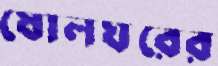
ষোলঘরের